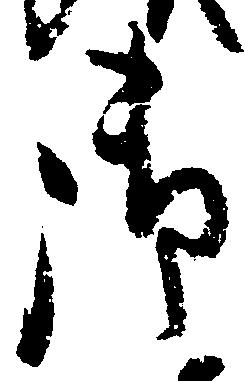
御